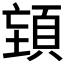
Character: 𮨉